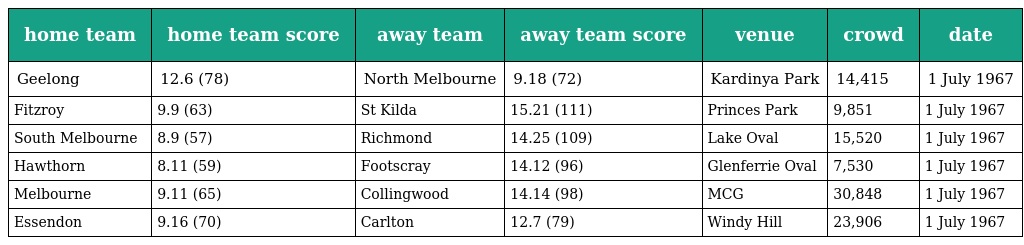
| home team | home team score | away team | away team score | venue | crowd | date |
 | --- | --- | --- | --- | --- | --- | --- |
 | Geelong | 12.6 (78) | North Melbourne | 9.18 (72) | Kardinya Park | 14,415 | 1 July 1967 |
 | Fitzroy | 9.9 (63) | St Kilda | 15.21 (111) | Princes Park | 9,851 | 1 July 1967 |
 | South Melbourne | 8.9 (57) | Richmond | 14.25 (109) | Lake Oval | 15,520 | 1 July 1967 |
 | Hawthorn | 8.11 (59) | Footscray | 14.12 (96) | Glenferrie Oval | 7,530 | 1 July 1967 |
 | Melbourne | 9.11 (65) | Collingwood | 14.14 (98) | MCG | 30,848 | 1 July 1967 |
 | Essendon | 9.16 (70) | Carlton | 12.7 (79) | Windy Hill | 23,906 | 1 July 1967 |